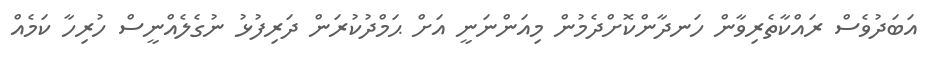
އަބަދުވެސް ރައްކާތެރިވާން ހަނދާންކޮށްދެމުން މިއަންނަނީ އަށް ޙަމްދުކުރަން ދަރިފުޅު ނުގެލެއްނީސް ހުރިހާ ކަމެއް